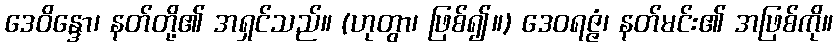
ဒေဝိန္ဒော၊ နတ်တို့၏ အရှင်သည်။ (ဟုတွာ၊ ဖြစ်၍။) ဒေဝရဇ္ဇံ၊ နတ်မင်း၏ အဖြစ်ကို။